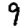
Digit: 9